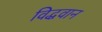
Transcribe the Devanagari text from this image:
विद्धवान